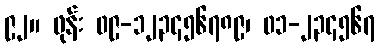
၉၂။ ဖုန်း ၀၉-၁၂၃၄၅၆၇၈၉၊ ၀၁-၂၃၄၅၆၇